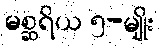
မစ္ဆရိယ ၅-မျိုး